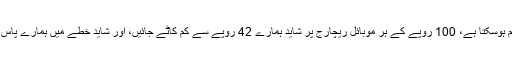
ایندھن پر ٹیکس شاید 35 فیصد سے کم ہوسکتا ہے، 100 روپے کے ہر موبائل ریچارج پر شاید ہمارے 42 روپے سے کم کاٹے جائیں، اور شاید خطے میں ہمارے پاس بجلی کے نرخ سب سے زیادہ نہ ہوں۔